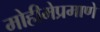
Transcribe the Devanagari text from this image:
मोहीमेप्रमाणे